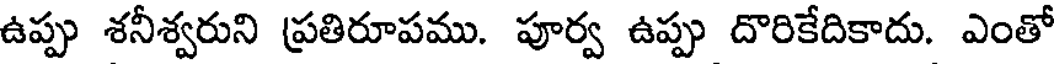
ఉప్పు శనీశ్వరుని ప్రతిరూపము. పూర్వ ఉప్పు దొరికేదికాదు. ఎంతో